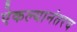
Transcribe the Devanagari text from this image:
ऐकल्यानंतरच